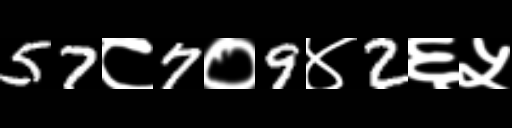
Text: 57८7०9४2६५